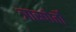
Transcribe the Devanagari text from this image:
त्रास्पोर्तो